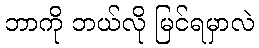
ဘာကို ဘယ်လို မြင်ရမှာလဲ